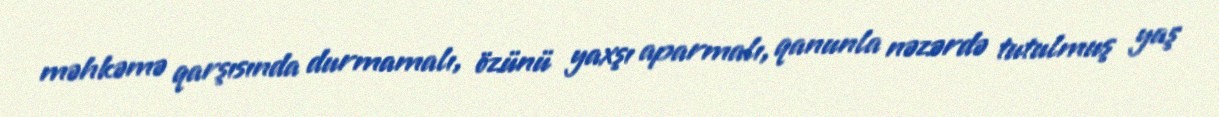
məhkəmə qarşısında durmamalı, özünü yaxşı aparmalı, qanunla nəzərdə tutulmuş yaş